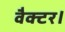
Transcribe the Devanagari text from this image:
वैक्टर।